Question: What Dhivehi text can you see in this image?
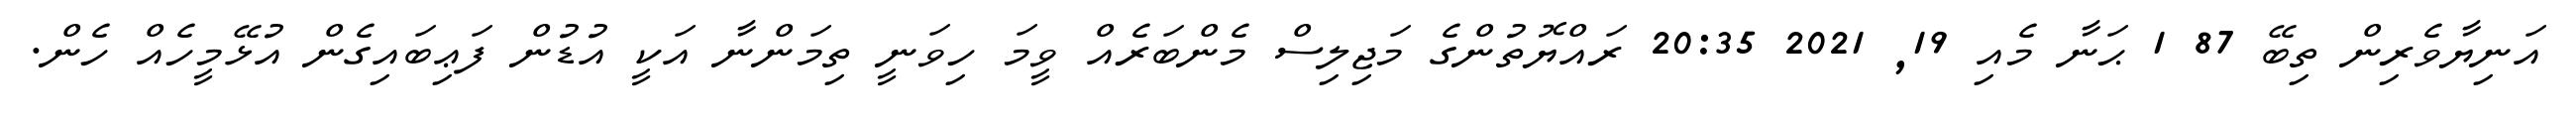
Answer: އަނިޔާވެރިން ތިބޭ 87 1 ޙަނާ މެއި 19, 2021 20:35 ރައްޔޮތުންގެ މަޖިލިސް މެންބަރެއް ވީމަ ހިވަނީ ތިމަންނާ އަކީ އުޑުން ފަޢިބައިގެން އުޅޭމީހެއް ހެން.